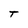
Character: T